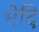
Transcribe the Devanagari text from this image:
भेदि